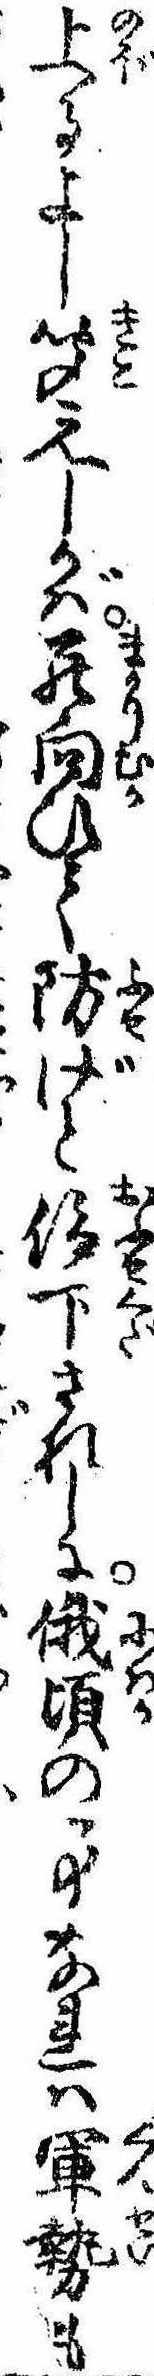
上るよし聞えしかば罷向ひて防げと仰下されしに俄頃の事なれは軍勢も